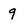
Character: 9